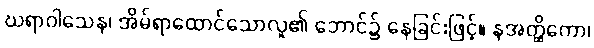
ဃရာဝါသေန၊ အိမ်ရာထောင်သောလူ၏ ဘောင်၌ နေခြင်းဖြင့်။ နအတ္ထိကော၊